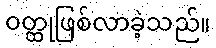
ဝတ္ထုဖြစ်လာခဲ့သည်။